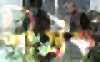
শীর্ষক